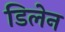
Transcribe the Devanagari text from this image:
डिलेन